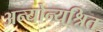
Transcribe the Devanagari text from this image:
अन्योन्यश्रित